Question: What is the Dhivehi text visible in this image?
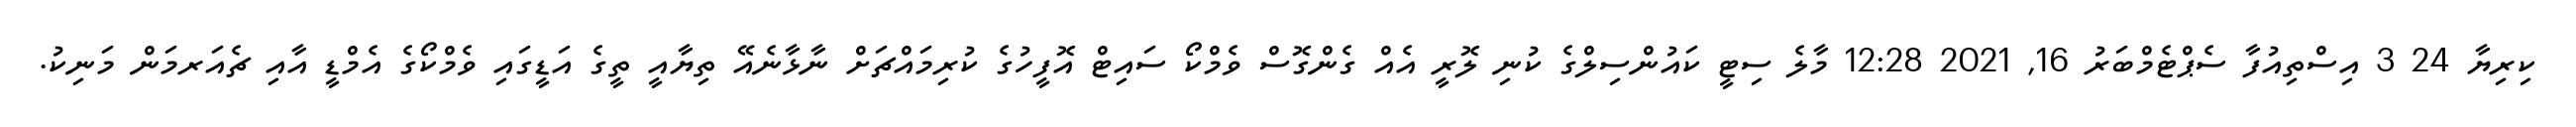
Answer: ކިރިޔާ 24 3 އިސްތިއުފާ ސެޕްޓެމްބަރު 16, 2021 12:28 މާލެ ސިޓީ ކައުންސިލްގެ ކުނި ލޮރީ އެއް ގެންގޮސް ވެމްކޯ ސައިޓް އޮފީހުގެ ކުރިމައްޗަށް ނާޅާނެއޭ ތިޔާއީ ތީގެ އަޑީގައި ވެމްކޯގެ އެމްޑީ އާއި ޗެއަރމަން މަނިކު.